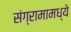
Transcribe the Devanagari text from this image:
संग्रामामध्‍ये